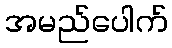
အမည်ပေါက်